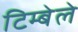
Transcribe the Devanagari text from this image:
टिम्बेले